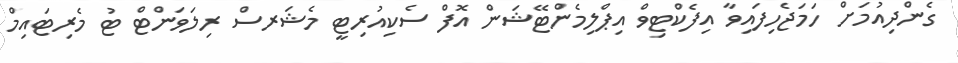
ގެންދިއުމަށް ހަމަޖެހިފައިވާ އިފެކްޓިވް އިޕްލިމެންޓޭޝަން އޮފް ސެކިއުރިޓީ މެޝަރސް ރިލަވަންޓް ޓު މެރިޓައިމް